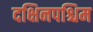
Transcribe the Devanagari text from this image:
दक्षिनपश्चिम